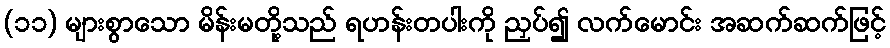
(၁၁) များစွာသော မိန်းမတို့သည် ရဟန်းတပါးကို ညှပ်၍ လက်မောင်း အဆက်ဆက်ဖြင့်